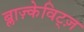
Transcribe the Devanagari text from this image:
ब्लाज़्केविट्ज़